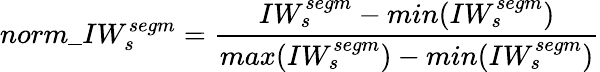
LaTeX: norm\_ IW_{s}^{segm}=\frac{IW_{s}^{segm}-min(IW_{s}^{segm})}{max(IW_{s}^{segm})-min(IW_{s}^{segm})}